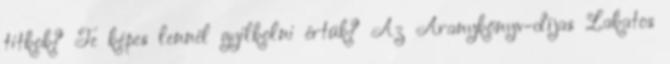
titkok? Te képes lennél gyilkolni értük? Az Aranykönyv-díjas Lakatos